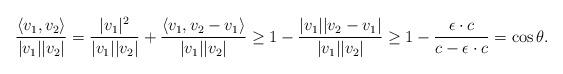
LaTeX: \begin{align*}\frac{\langle v_1,v_2\rangle}{|v_1||v_2|}=\frac{|v_1|^2}{|v_1||v_2|}+\frac{\langle v_1,v_2-v_1 \rangle}{|v_1||v_2|}\geq 1-\frac{|v_1||v_2-v_1|}{|v_1||v_2|}\geq 1-\frac{\epsilon\cdot c}{c-\epsilon\cdot c}=\cos\theta.\end{align*}